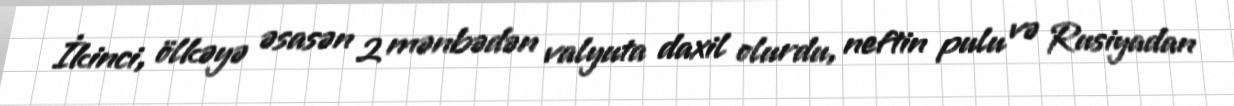
İkinci, ölkəyə əsasən 2 mənbədən valyuta daxil olurdu, neftin pulu və Rusiyadan